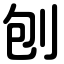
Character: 刨